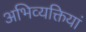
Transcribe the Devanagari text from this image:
अभिव्‍यक्तियां